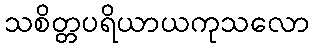
သစိတ္တပရိယာယကုသလော